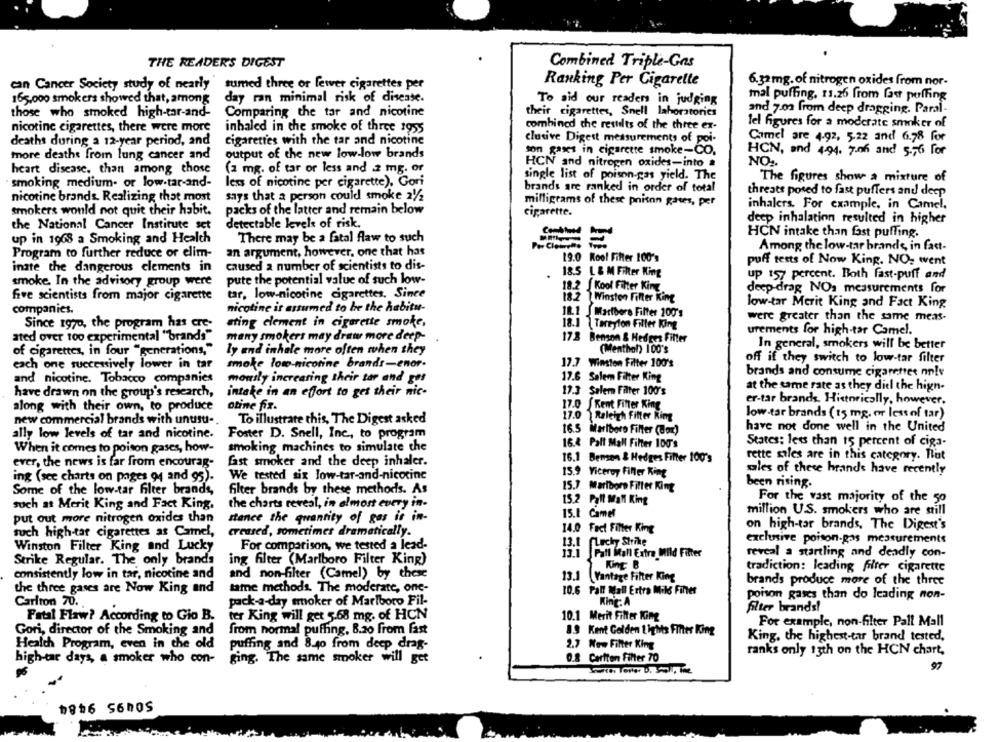
THE READER'S DIGEST
Combined Triple-Gas
Ranking Per Cigarette
can Cancer Society study of nearly sumed three or fewer cigarettes per
6.32 mg. of nitrogen oxides from nor-
mal puffing. 11.26 from fast puffing
165,000 smokers showed that, among
day ran minimal risk of disease.
To aid our readers in judging
and 7.02 from deep dragging. Paral-
those who smoked high-tar-and-
Comparing the tar and nicotine
their cigarettes, Snell laboratories
nicotine cigarettes, there were more
combined the results of the three ex-
lel figures for a moderate smoker of
inhaled in the smoke of three 1955
cigarettes with the tar and nicotine
clusive Digest measurements of poi-
Camel are 4.92, 5.22 and 6.78 for
deaths during a 12-year period, and
more deaths from lung cancer and
output of the new low-low brands
son gases in cigarette smoke-CO.
HCN, and 4.94. 7:06 and 5.56 for
HCN and nitrogen oxides-into a
NO ..
heart disease. than among those
(2 mg. of tar or less and .2 mg. or
single list of poison-gas yield. The
The figures show a mixture of
smoking medium- or low.tar-and-
less of nicotine per cigarette). Gori
brands are ranked in order of total
threats posed to fast puffers and deep
nicotine brands. Realizing that most
says that a person could smoke 21/2
milligrams of these prison gates, per
inhalers. For example, in Camel.
smokers would not quit their habit.
packs of the latter and remain below
cigarette.
deep inhalation resulted in higher
the National Cancer Institute set
detectable levels of risk.
HCN intake than fast puffing.
up in 1968 a Smoking and Health
There may be a fatal flaw to such
an argument, however, one that has
Among the low-tar brands, in fact-
Program to further reduce or elim-
19.0 Kool Filter 100's
inate the dangerous clements in
caused a number of scientists to dis-
puff tests of Now King. NO- went
18.5 L & M Filter King
smoke. In the advisory group were
pute the potential value of such low-
up 157 percent. Both fast-puff and
18.2 Kool Filter King
deep-drag NO: measurements for
five scientists from major cigarette
tar, low-nicotine cigarettes. Since
18.2 Winston Filter King
low-tar Merit King and Fact King
companies.
nicotine is assumed to be the habitu-
18.1 Martbore Filter 200's
were greater than the same meas.
Since 1970, the program has cre-
ating element in cigarette smoke,
18.1 Tareyion Filler King
urements for high-tar Camel.
ated over too experimental "brands"
many smokers may draw more deep-
17.8 Benson & Hedges Filter
In general, smokers will be better
of cigarettes, in four "generations,"
ly and inhale more often when they
(Menthol) 100's
17.7 Winston Filter 100's
off if they switch to low-tar filter
each one successively lower in tar
smoke low-nicotine brands-enor.
17.6 Salem Filter King
brands and consume cigaretter nnlv
and nicotine. Tobacco companies
monily increasing their tar and gos
have drawn on the group's research,
intake in an effort to get their nic-
17.3 Salem Filter 100's
at the same rate as they diel the hign-
er-tar brands. Historically, however.
along with their own, to produce
otine fix.
17.0 [Kent Filter King
17.0 Raleigh Filter King
low tar brands (15 mg, or less of tar)
new commercial brands with unusu -.
To illustrate this, The Digest asked
16.5 Marlboro Filter (Box)
have not done well in the United
ally low levels of tar and nicotine.
Foster D. Snell, Inc, to program
16.4 Pall Mall Filter 100's
States: less than 15 percent of ciga-
When it comes to poison gases, how-
smoking machines to simulate the
16.1 Benson & Hedges Filter 100's
rette miles are in this category. But
ever, the news is far from encourag-
fast smoker and the deep inhaler.
15.9 Viceroy Filler King
sales of these hrands have recently
ing (see charts on pages 94 and 95).
We tested six low-tar-and-nicotine
15.7 Marlboro Filter King
been rising.
Some of the low-tar filter brands,
filter brands by these methods. As
For the vast majority of the go
the charts reveal, in almost every in-
15.2 Pall Mall King
such as Merit King and Fact King.
million U.S. smokers who are still
put out more nitrogen oxides than
stance the quantity of gas is in-
15.1 Camel
on high-tar brands, The Digest's
such high-tar cigarettes as Camel,
creased, sometimes dramatically.
14.0 Fact Filter King
exclusive poison.gas measurements
Winston Filter King and Lucky
For comparison, we tested a lead-
13.1 Lucky Strike
13.1
Pall Mall Extra Wild Filter
reveal a startling and deadly con-
Strike Regular. The only brands
ing filter (Marlboro Filter King)
King B
tradiction: leading filter cigarette
consistently low in tar, nicotine and
and non-filter (Camel) by these
13.1 Vantage Filter King
brands produce more of the three
the three gases are Now King and
tame methods. The moderate, one-
10.6 Pall Mall Extra Mile Fines
pack-a-day smoker of Marlboro Fil-
King: A
poison gases than do leading non-
Carlton 70.
filter brands!
Fatal Flaw? According to Gio B.
ter King will get 5.68 mg. of HCN
10.1 Merit Filter King
For example, non-filter Pall Mall
Gori, director of the Smoking and
from normal puffing, 8.20 from fast
8.9 Kent Golden Lights Finter King
King, the highest-tar brand tested,
Health Program, even in the old
puffing and 8.40 from deep drag-
2.7 Now Filter King
ranks only 13th on the HCN chart,
high-tar days, a smoker who con-
ging. The same smoker will get
0.8 Carlton Filter 70
97
1816 SonoS